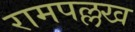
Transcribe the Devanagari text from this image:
रामपल्लख